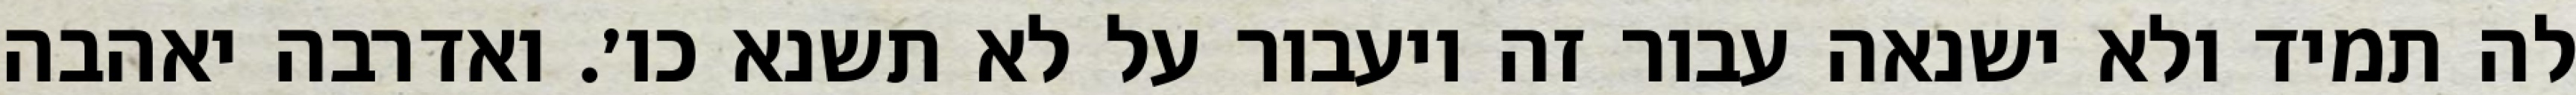
לה תמיד ולא ישנאה עבור זה ויעבור על לא תשנא כו׳. ואדרבה יאהבה